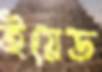
ইয়েড